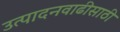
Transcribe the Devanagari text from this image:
उत्पादनवाढीसाठी